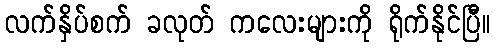
လက်နှိပ်စက် ခလုတ် ကလေးများကို ရိုက်နိုင်ပြီ။